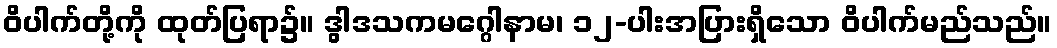
ဝိပါက်တို့ကို ထုတ်ပြရာ၌။ ဒွါဒသကမဂ္ဂေါနာမ၊ ၁၂-ပါးအပြားရှိသော ဝိပါက်မည်သည်။